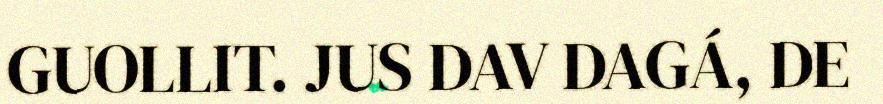
GUOLLIT. JUS DAV DAGÁ, DE